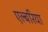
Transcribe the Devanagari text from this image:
एल्बरिया